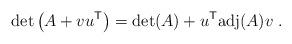
LaTeX: \begin{align*}\det \left( A + v u^{\sf T} \right) = \det(A) + u^{\sf T} {\rm adj}(A) v \;.\end{align*}